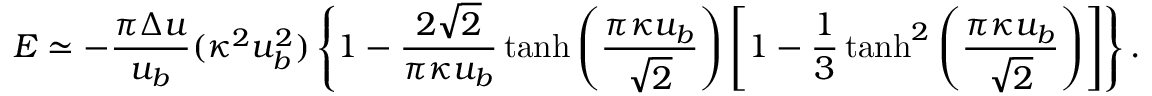
{ \cal E } \simeq - \frac { \pi \Delta u } { u _ { b } } ( \kappa ^ { 2 } u _ { b } ^ { 2 } ) \left\{ 1 - \frac { 2 \sqrt { 2 } } { \pi \kappa u _ { b } } \operatorname { t a n h } \left( \frac { \pi \kappa u _ { b } } { \sqrt { 2 } } \right) \left[ 1 - \frac { 1 } { 3 } \operatorname { t a n h } ^ { 2 } \left( \frac { \pi \kappa u _ { b } } { \sqrt { 2 } } \right) \right] \right\} .